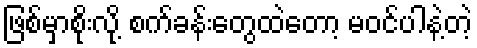
ဖြစ်မှာစိုးလို့ စက်ခန်းတွေထဲတော့ မဝင်ပါနဲ့တဲ့